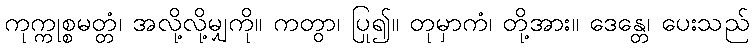
ကုက္ကုစ္စမတ္တံ၊ အလို့လို့မျှကို။ ကတွာ၊ ပြု၍။ တုမှာကံ၊ တို့အား။ ဒေန္တေ၊ ပေးသည်